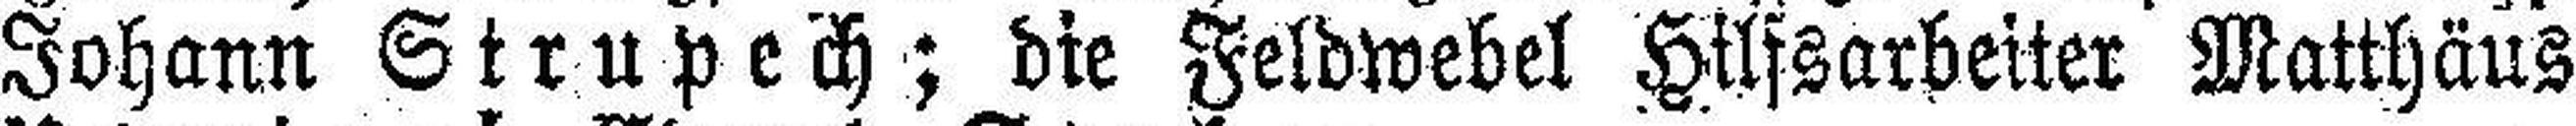
Johann Strupech ; die Feldwebel Hilfsarbeiter Matthäus